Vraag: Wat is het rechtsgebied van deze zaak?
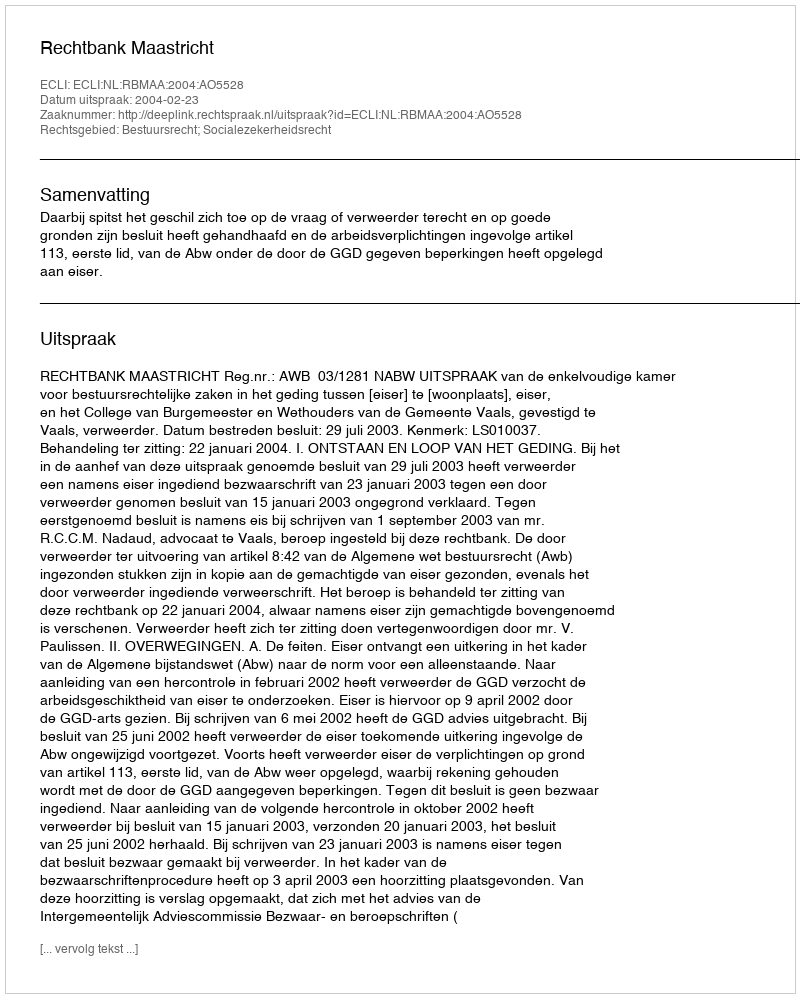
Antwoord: Bestuursrecht; Socialezekerheidsrecht